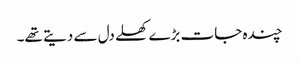
چندہ جات بڑے کھلے دل سے دیتے تھے۔